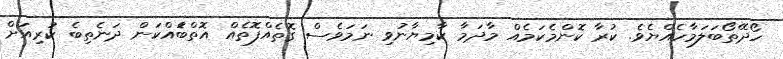
ހޯދޭތޯބަލަމާހެއްޔެވެ. ކުރާ ކޮންމެކަމެއް މާދަމާ ކާމިޔާނުވި ނަމަވެސް ގޮތެއްފޮތެއް އޮތްބަެއްކަން ދަނެތިބެ ކުރިއަށް